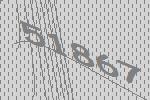
51867